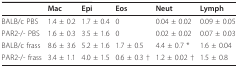
|  | Mac | Epi | Eos | Neut | Lymph |
 | --- | --- | --- | --- | --- | --- |
 | BALB/c PBS | 1.4 ± 0.2 | 1.7 ± 0.4 | 0 | 0.04 ± 0.02 | 0.09 ± 0.05 |
 | PAR2-/- PBS | 1.6 ± 0.3 | 3.5 ± 1.6 | 0 | 0.02 ± 0.02 | 0.07 ± 0.03 |
 | BALB/c frass | 8.6 ± 3.6 | 5.2 ± 1.6 | 1.7 ± 0.5 | 4.4 ± 0.7 * | 1.6 ± 0.04 |
 | PAR2-/- frass | 3.4 ± 1.1 | 4.0 ± 1.5 | 0.6 ± 0.3 † | 1.2 ± 0.02 † | 1.5 ± 0.8 |